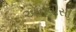
એનવીસી